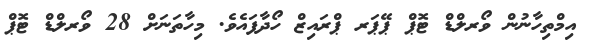
އިމްތިހާނުން ވޯރލްޑް ޓޮޕް ޕޭޕަރ ޕްރައިޒް ހޯދާފައެވެ. މިހާތަނަށް 28 ވޯރލްޑް ޓޮޕް